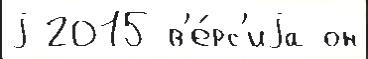
j 2015 в'е́рс'иjа он